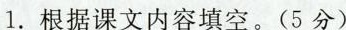
1.根据课文内容填空。(5分)